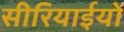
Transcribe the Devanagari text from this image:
सीरियाईयों